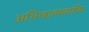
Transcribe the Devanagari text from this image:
अभिजात्यवर्गीय